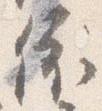
依